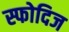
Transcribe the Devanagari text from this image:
स्फोदिज